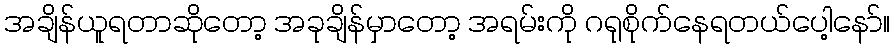
အချိန်ယူရတာဆိုတော့ အခုချိန်မှာတော့ အရမ်းကို ဂရုစိုက်နေရတယ်ပေါ့နော်။